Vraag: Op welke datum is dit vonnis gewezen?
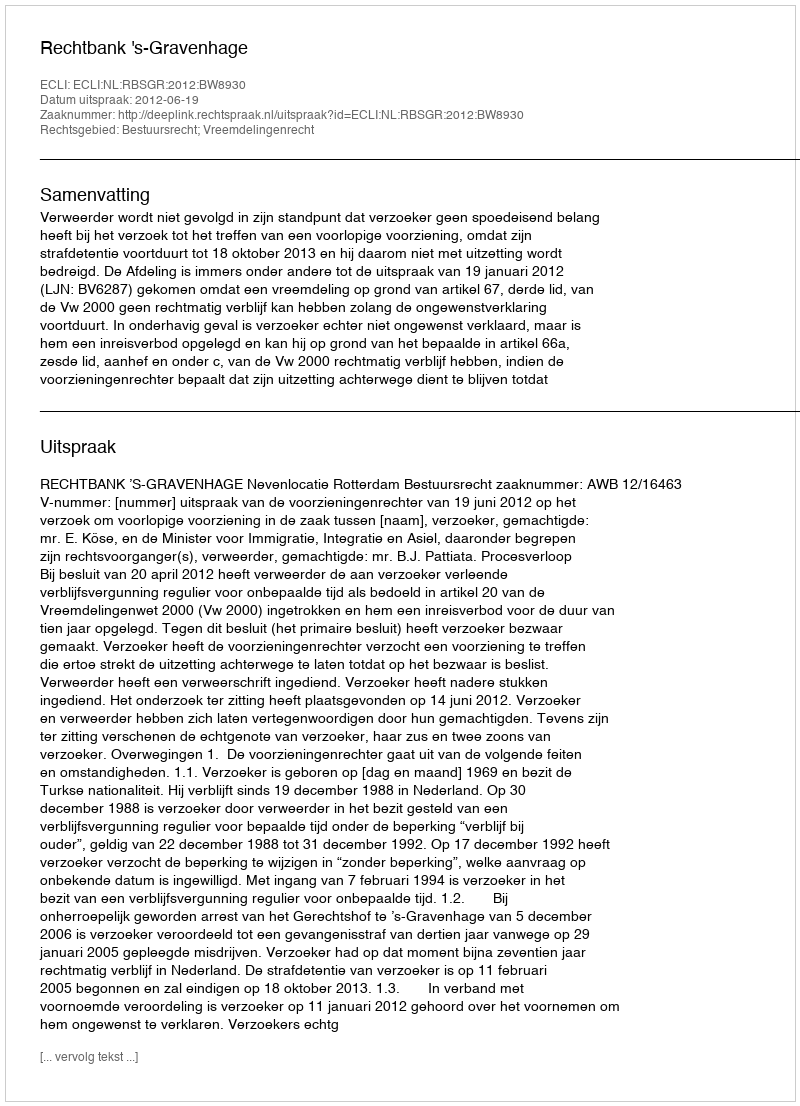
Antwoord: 2012-06-19